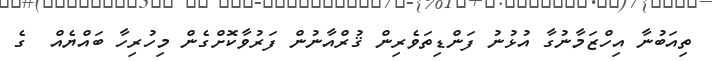
ތިއަބުނާ އިހްޒަމާނުގާ އުޅުނު ފަންޑިތަވެރިން ޤުރްއާނުން ފަރުވާކޮށްގެން މިހުރިހާ ބައްޔެއް  ގެ